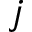
j